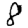
Digit: 8